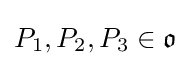
P_{1},P_{2},P_{3}\in {\mathfrak {o}}